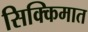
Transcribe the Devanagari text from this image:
सिक्किमात